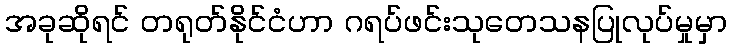
အခုဆိုရင် တရုတ်နိုင်ငံဟာ ဂရပ်ဖင်းသုတေသနပြုလုပ်မှုမှာ